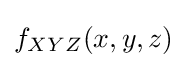
f_{XYZ}(x,y,z)